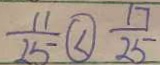
\frac { 1 1 } { 2 5 } \textcircled { < } \frac { 1 7 } { 2 5 }